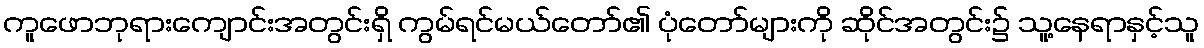
ကူဖောဘုရားကျောင်းအတွင်းရှိ ကွမ်ရင်မယ်တော်၏ ပုံတော်များကို ဆိုင်အတွင်း၌ သူ့နေရာနှင့်သူ